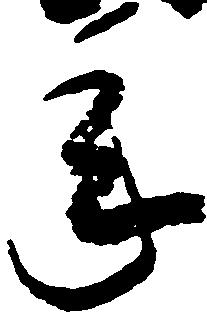
年